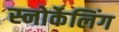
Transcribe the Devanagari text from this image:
स्नोर्केलिंग